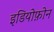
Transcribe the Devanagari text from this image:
इडियोफ़ोन